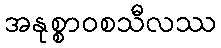
အနုစ္စာဝစသီလဿ